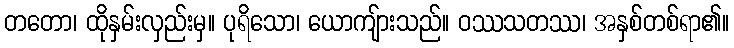
တတော၊ ထိုနှမ်းလှည်းမှ။ ပုရိသော၊ ယောကျ်ားသည်။ ဝဿသတဿ၊ အနှစ်တစ်ရာ၏။